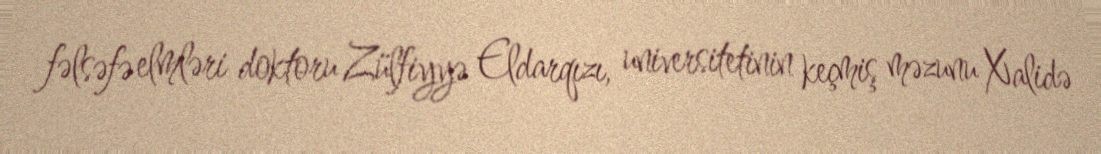
fəlsəfə elmləri doktoru Zülfiyyə Eldarqızı, universitetinin keçmiş məzunu Xalidə